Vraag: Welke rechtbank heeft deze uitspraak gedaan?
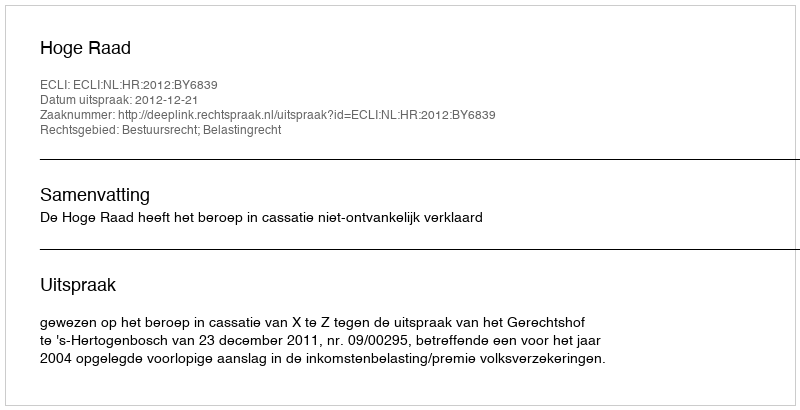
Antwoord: Hoge Raad